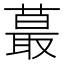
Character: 蕞